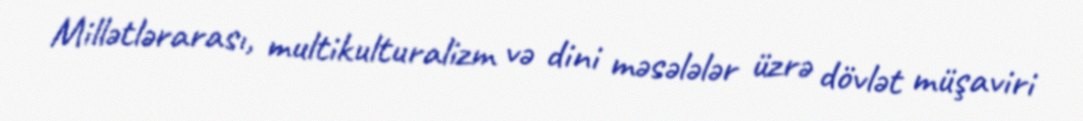
Millətlərarası, multikulturalizm və dini məsələlər üzrə dövlət müşaviri